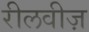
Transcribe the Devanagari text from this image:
रीलवीज़